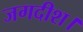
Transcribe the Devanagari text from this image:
जगदीश।